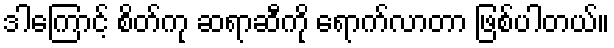
ဒါကြောင့် စိတ်ကု ဆရာဆီကို ရောက်လာတာ ဖြစ်ပါတယ်။